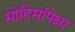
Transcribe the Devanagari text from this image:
मोहिमांपेक्षा